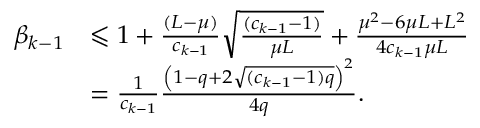
\begin{array} { r l } { \beta _ { k - 1 } } & { \leqslant 1 + \frac { ( L - \mu ) } { c _ { k - 1 } } \sqrt { \frac { ( c _ { k - 1 } - 1 ) } { \mu L } } + \frac { \mu ^ { 2 } - 6 \mu L + L ^ { 2 } } { 4 c _ { k - 1 } \mu L } } \\ & { = \frac { 1 } { c _ { k - 1 } } \frac { \left( 1 - q + 2 \sqrt { ( c _ { k - 1 } - 1 ) q } \right) ^ { 2 } } { 4 q } . } \end{array}